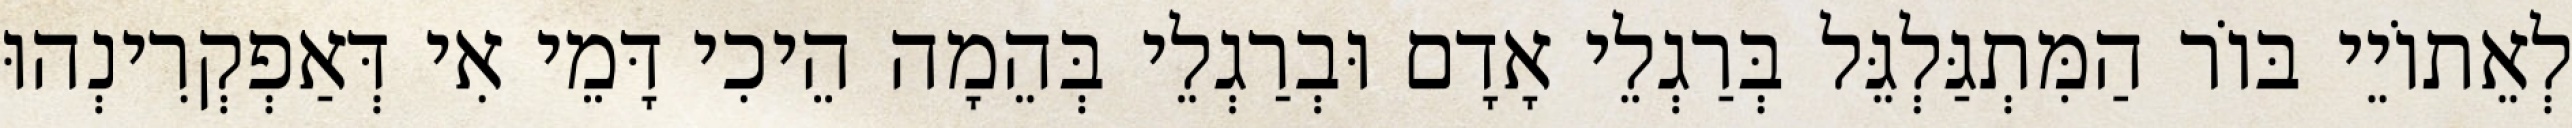
לְאֵתוֹיֵי בּוֹר הַמִּתְגַּלְגֵּל בְּרַגְלֵי אָדָם וּבְרַגְלֵי בְּהֵמָה הֵיכִי דָּמֵי אִי דְּאַפְקְרִינְהוּ